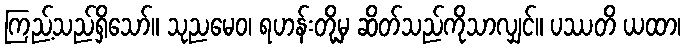
ကြည့်သည်ရှိသော်။ သုညမေဝ၊ ရဟန်းတို့မှ ဆိတ်သည်ကိုသာလျှင်။ ပဿတိ ယထာ၊